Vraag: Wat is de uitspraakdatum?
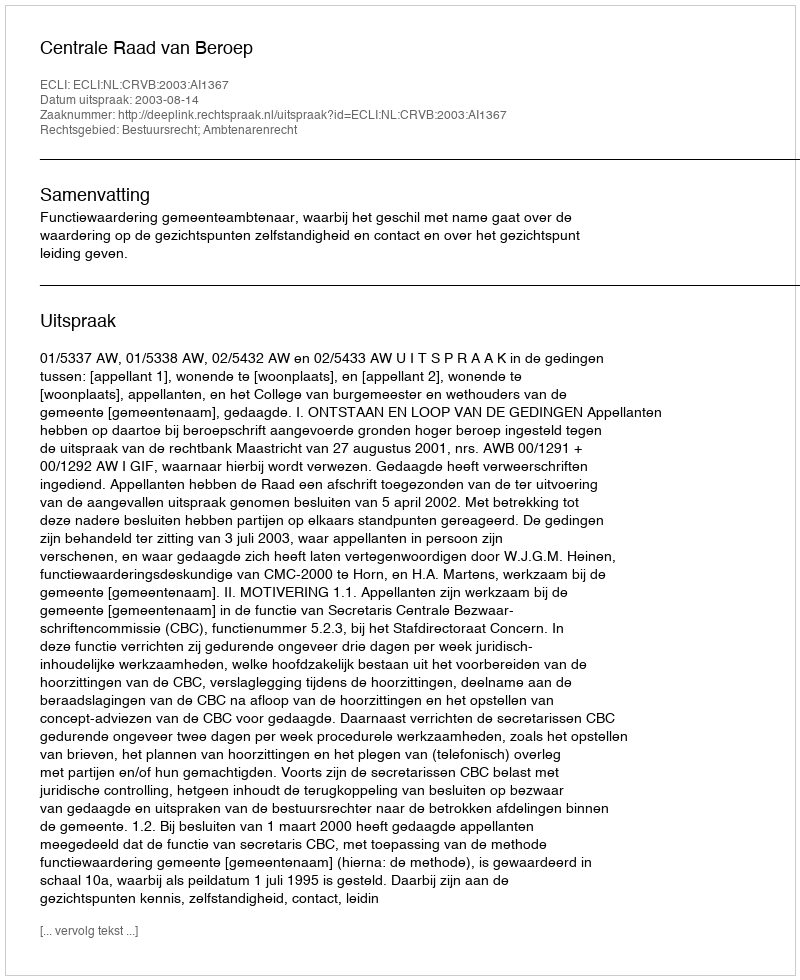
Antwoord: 2003-08-14